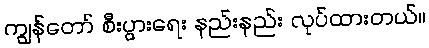
ကျွန်တော် စီးပွားရေး နည်းနည်း လုပ်ထားတယ်။